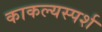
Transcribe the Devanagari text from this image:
काकल्यस्पर्श